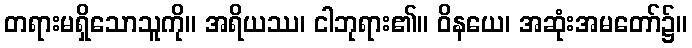
တရားမရှိသောသူကို။ အရိယဿ၊ ငါဘုရား၏။ ဝိနယေ၊ အဆုံးအမတော်၌။